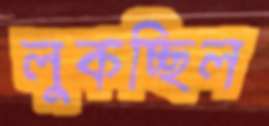
লুকচ্ছিল